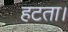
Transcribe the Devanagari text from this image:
हटता।